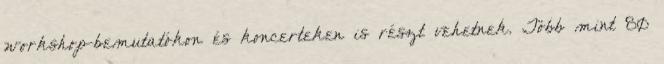
workshop-bemutatókon és koncerteken is részt vehetnek. Több mint 80